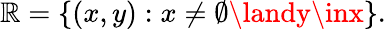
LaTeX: \mathbb{R}=\{ (x,y):x\neq\emptyset\landy\inx\} .